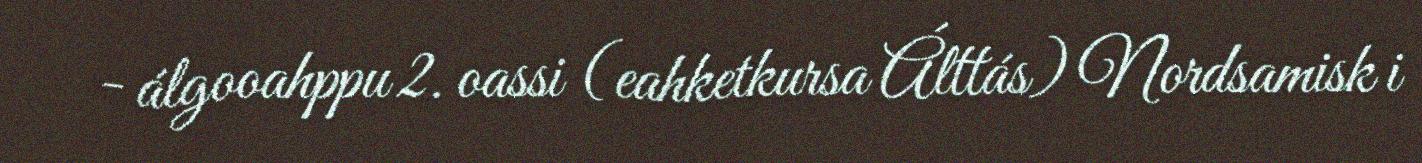
- álgooahppu 2. oassi (eahketkursa Álttás) Nordsamisk i